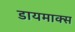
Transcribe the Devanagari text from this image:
डायमाक्स